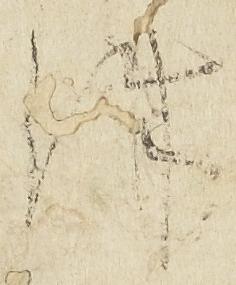
件